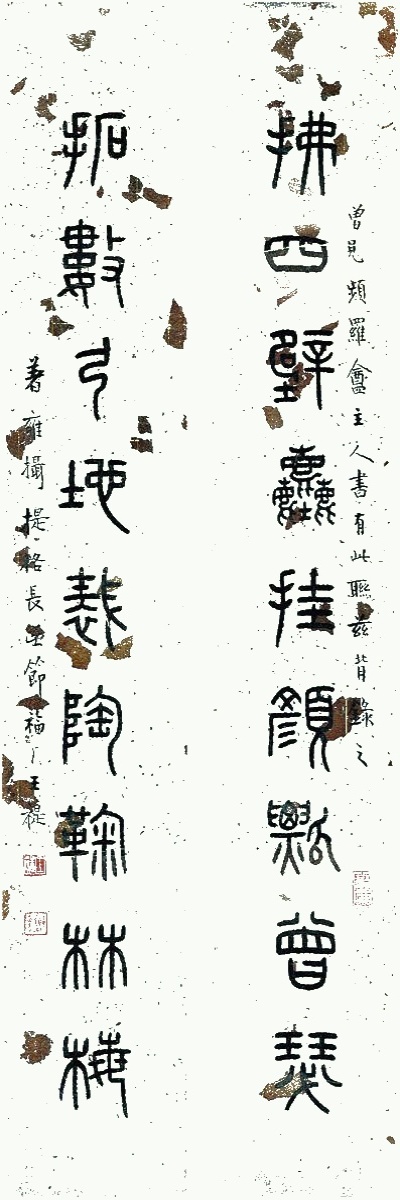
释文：拂四壁尘挂颜瓢曾瑟，拓数弓地裁陶鞠林梅。曾见频罗盦主人书有此联，兹背录之。著雍摄提格长至节，福厂王禔。